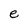
Character: e